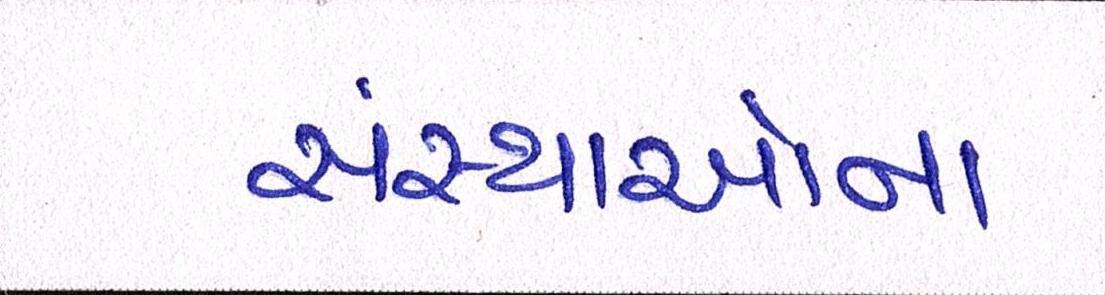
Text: સંસ્થાઓના